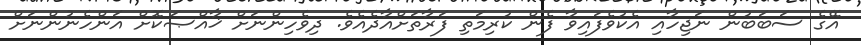
އޭގެ ސަބަބުން ނަޖިހާއި އެކުވެފައިވާ ފެން ކުރިމަތި ފަރާތަށްއާދެއެވެ. ދިވެހިންނަށް ޚާއްޞަކޮށް އަންހެނުންނަށް